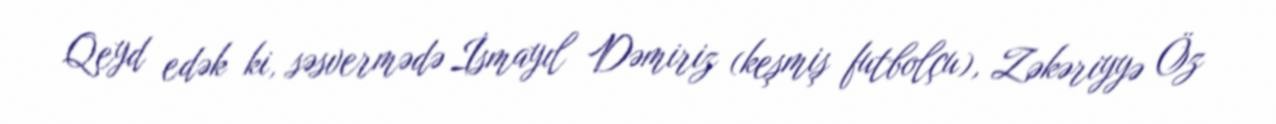
Qeyd edək ki, səsvermədə İsmayıl Dəmiriz (keşmiş futbolçu), Zəkəriyyə Öz